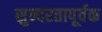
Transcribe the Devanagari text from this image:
सुन्दरतापूर्वक